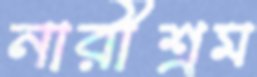
নারীশ্রম